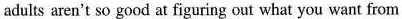
adults aren't so good at figuring out what you want from